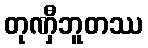
တုဏှီဘူတဿ